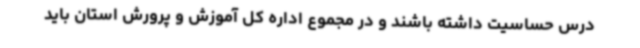
درس حساسیت داشته باشند و در مجموع اداره کل آموزش و پرورش استان باید